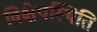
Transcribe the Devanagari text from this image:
विक्षेपस्थिति